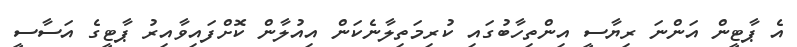
އެ ޕާޓީން އަންނަ ރިޔާސީ އިންތިހާބުގައި ކުރިމަތިލާނެކަން އިއުލާން ކޮށްފައިވާއިރު ޕާޓީގެ އަސާސީ